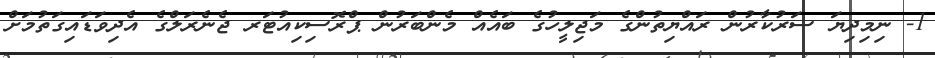
1- ނިމިދިޔަ ސަރުކާރުން ރައްޔިތުންގެ މަޖިލީހުގެ ބައެއް މެންބަރުން ޕްރޮސިކިއުޓަރ ޖެނެރަލްގެ އެދިވަޑައިގަތުމަށް